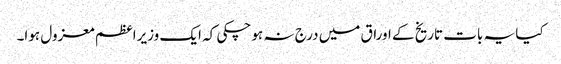
کیا یہ بات تاریخ کے اوراق میں درج نہ ہو چکی کہ ایک وزیراعظم معزول ہوا۔